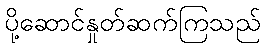
ပို့ဆောင်နှုတ်ဆက်ကြသည်